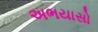
અભયાસો